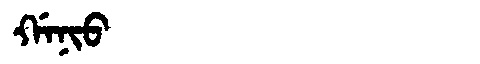
Manchu: ᡤᠠᠨᡳᠣ
Romanization: GANIO